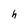
Character: h